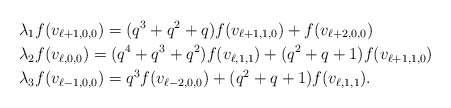
\begin{align*}&\lambda_1f(v_{\ell+1,0,0})=(q^3+q^2+q)f(v_{\ell+1,1,0})+f(v_{\ell+2,0,0})\\&\lambda_2f(v_{\ell,0,0})=(q^4+q^3+q^2)f(v_{\ell,1,1})+(q^2+q+1)f(v_{\ell+1,1,0})\\&\lambda_3f(v_{\ell-1,0,0})=q^3f(v_{\ell-2,0,0})+(q^2+q+1)f(v_{\ell,1,1}).\end{align*}